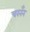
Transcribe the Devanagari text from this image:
चरनँन